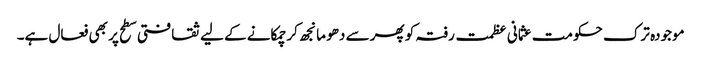
موجودہ ترک حکومت عثمانی عظمت رفتہ کو پھر سے دھو مانجھ کر چمکانے کے لیے ثقافتی سطح پر بھی فعال ہے۔